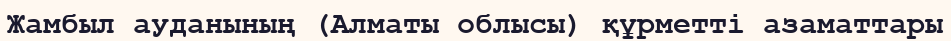
Жамбыл ауданының (Алматы облысы) құрметті азаматтары